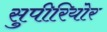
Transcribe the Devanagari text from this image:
सुपीरियोर